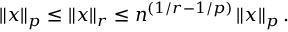
\left\| x \right\| _ { p } \leq \left\| x \right\| _ { r } \leq n ^ { ( 1 / r - 1 / p ) } \left\| x \right\| _ { p } .